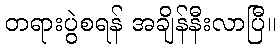
တရားပွဲစရန် အချိန်နီးလာပြီ။